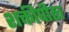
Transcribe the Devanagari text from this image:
शक्तीपीठा